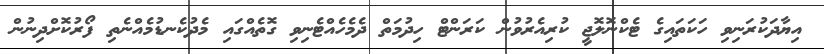
އިޔާދަކުރަނިވި ހަކަތައިގެ ޓެކްނޮލޮޖީ ކުރިއެރުވުން ކަރަންޓް ހިދުމަތް ދެމެހެއްޓެނިވި ގޮތެއްގައި މެދުކެނޑުމެއްނެތި ފޯރުކޮށްދިނުން